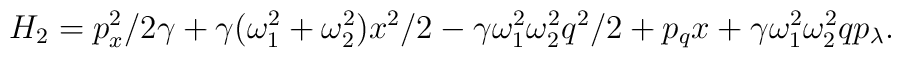
H_2=p_x^2/2\gamma+\gamma(\omega_1^2+\omega_2^2)x^2/2 -\gamma\omega_1^2\omega_2^2q^2/2+p_qx +\gamma\omega_1^2\omega_2^2qp_{\lambda}.